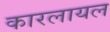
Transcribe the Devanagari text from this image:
कारलायल